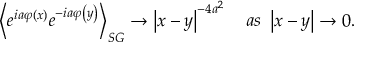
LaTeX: \left\langle e ^ { i a \varphi \left( x \right) } e ^ { - i a \varphi \left( y \right) } \right\rangle _ { S G } \rightarrow \left| x - y \right| ^ { - 4 a ^ { 2 } } \quad a s \ \left| x - y \right| \rightarrow 0 .